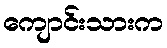
ကျောင်းသားက